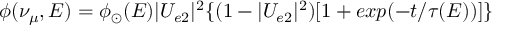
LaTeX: \phi ( \nu _ { \mu } , E ) = \phi _ { \odot } ( E ) | U _ { e 2 } | ^ { 2 } \{ ( 1 - | U _ { e 2 } | ^ { 2 } ) [ 1 + e x p ( - t / \tau ( E ) ) ] \}